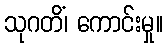
သုဂတိံ၊ ကောင်းမှု။